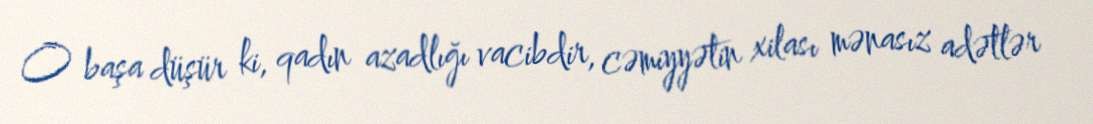
O başa düşür ki, qadın azadlığı vacibdir, cəmiyyətin xilası mənasız adətlər